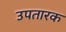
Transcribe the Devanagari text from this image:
उपतारक